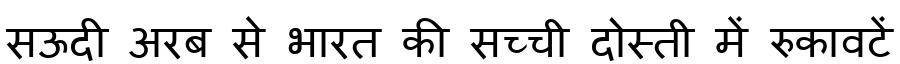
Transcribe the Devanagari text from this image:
सऊदी अरब से भारत की सच्ची दोस्ती में रुकावटें